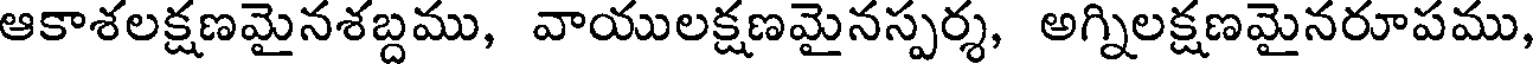
ఆకాశలక్షణమైనశబ్దము, వాయులక్షణమైనస్పర్శ, అగ్నిలక్షణమైనరూపము,